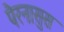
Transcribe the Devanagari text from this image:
पैरनासुस